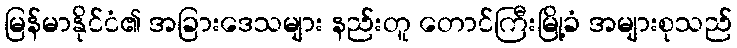
မြန်မာနိုင်ငံ၏ အခြားဒေသများ နည်းတူ တောင်ကြီးမြို့ခံ အများစုသည်